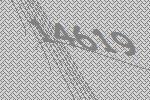
14619